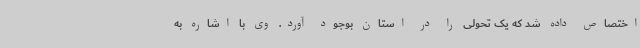
اختصاص داده شد که یک تحولی را در استان بوجود آورد. وی با اشاره به